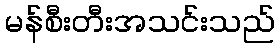
မန်စီးတီးအသင်းသည်